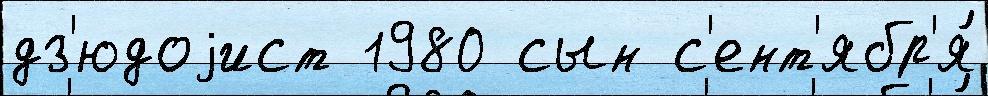
дз'юдоjист 1980 сын с'ент'ябр'я́